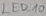
Text: LED_10